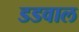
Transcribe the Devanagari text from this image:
डडवाल